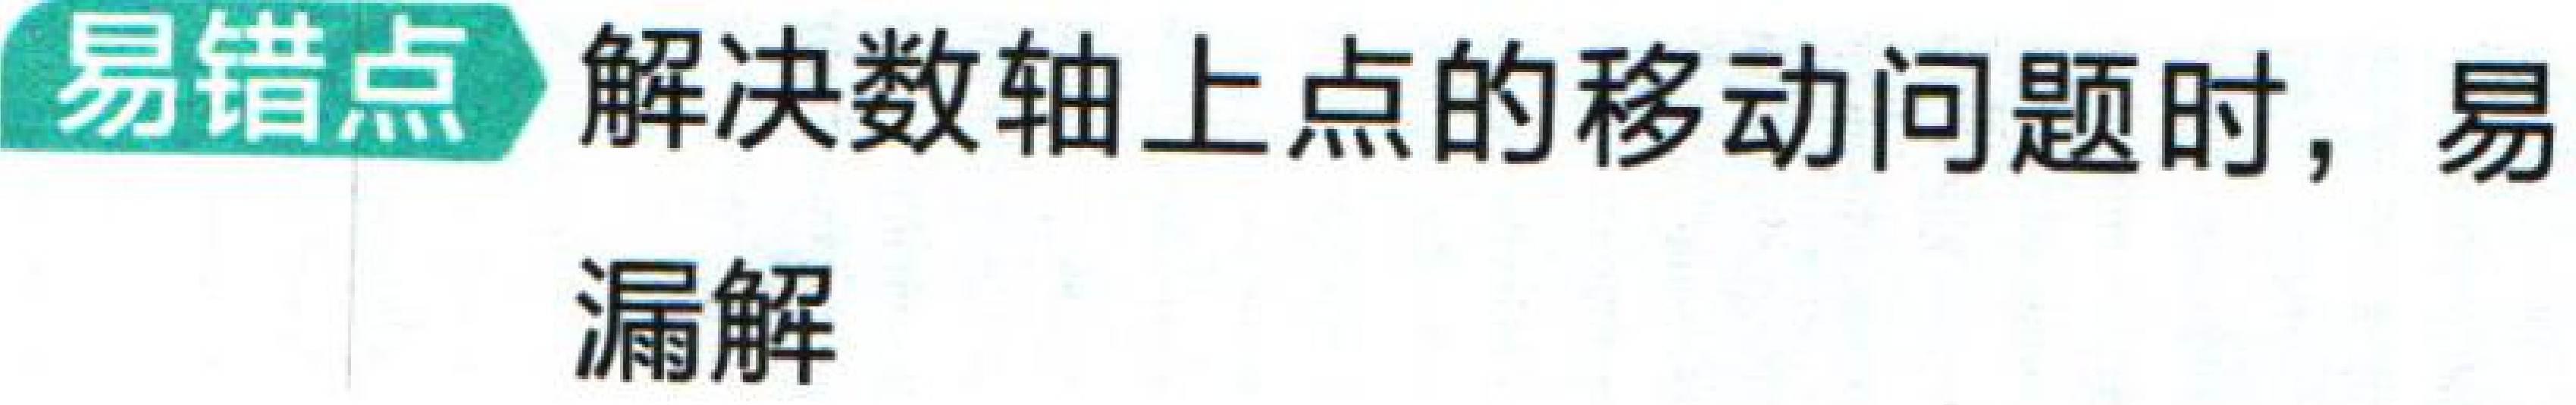
易错点 解决数轴上点的移动问题时，易
漏解